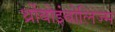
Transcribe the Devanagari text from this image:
थ्रोंबोइंबोलिज्म